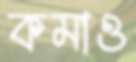
কমাও